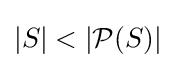
|S|<|{\mathcal {P}}(S)|